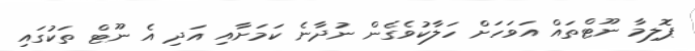
ޕޮލިމާ ނޫޓްތައް އަވަހަށް ހަލާކުވެގެން ނުދާނެ ކަމަށާއި އަދި އެ ނޫޓް ތަކުގައި